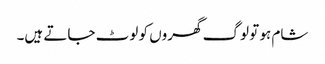
شام ہو تو لوگ گھروں کو لوٹ جاتے ہیں۔